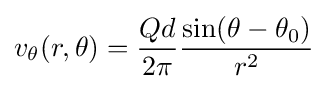
v_{\theta }(r,\theta )={\frac {Qd}{2\pi }}{\frac {\sin(\theta -\theta _{0})}{r^{2}}}